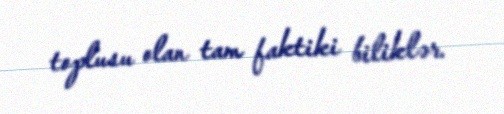
toplusu olan tam faktiki biliklər.